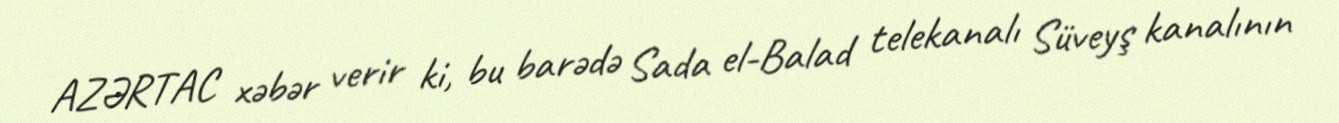
AZƏRTAC xəbər verir ki, bu barədə Sada el-Balad telekanalı Süveyş kanalının